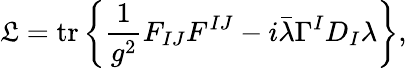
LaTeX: \mathfrak{L}=\operatorname{tr}\left\{ {\frac{{1}}{{g^{2}}}}F_{IJ}F^{IJ}-i{\bar{{\lambda}}}\Gamma^{I}D_{I}\lambda\right\} ,